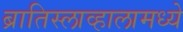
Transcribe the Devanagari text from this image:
ब्रातिस्लाव्हालामध्ये